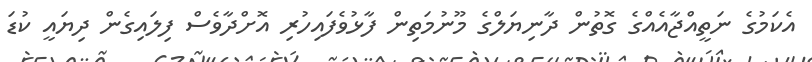
އެކަމުގެ ނަތީއްޖާއެއްގެ ގޮތުން ދާނިޔަލްގެ މޫނުމަތިން ފާޅުވެފައިހުރި އޮށްދާވެސް ފިލައިގެން ދިޔައީ ކުޑަ